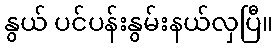
နွယ် ပင်ပန်းနွမ်းနယ်လှပြီ။